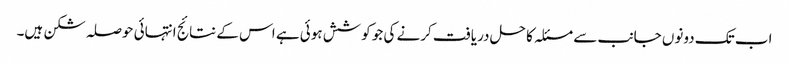
اب تک دونوں جانب سے مسئلہ کا حل دریافت کرنے کی جو کوشش ہوئی ہے اس کے نتائج انتہائی حوصلہ شکن ہیں۔